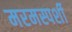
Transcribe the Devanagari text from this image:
मरमस्पर्शी